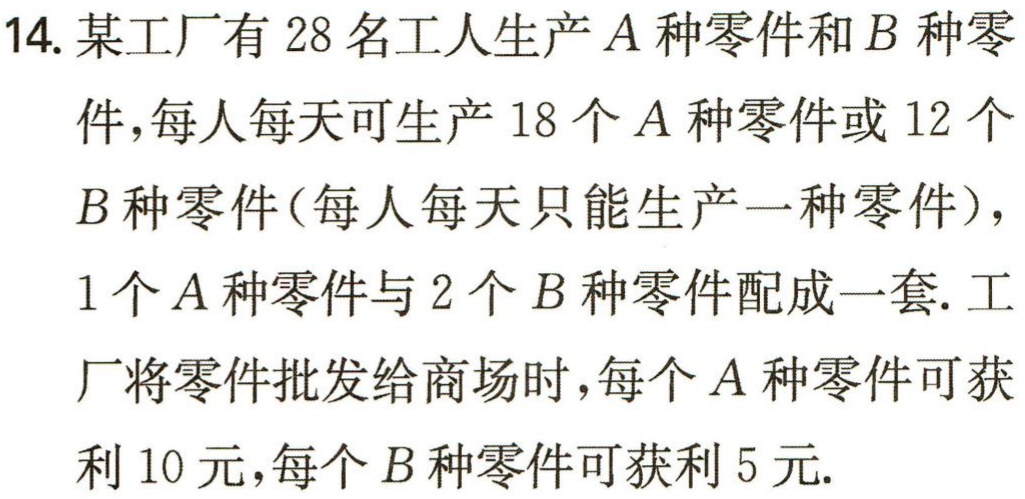
14. 某工厂有 28 名工人生产 \(A\) 种零件和 \(B\) 种零件，每人每天可生产 18 个 \(A\) 种零件或 12 个 \(B\) 种零件（每人每天只能生产一种零件），1 个 \(A\) 种零件与 2 个 \(B\) 种零件配成一套. 工厂将零件批发给商场时，每个 \(A\) 种零件可获利 10 元，每个 \(B\) 种零件可获利 5 元.